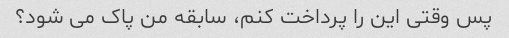
پس وقتی این را پرداخت کنم، سابقه من پاک می شود؟